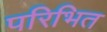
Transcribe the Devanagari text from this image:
परिभित